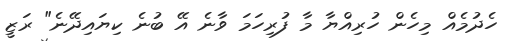
ހެދުމެއް މިހެން ހުރިއްޔާ މާ ފުރިހަމަ ވާނެ އޭ ބުނެ ކިޔައިދޭނެ" ރަޒީ